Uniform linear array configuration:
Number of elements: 32
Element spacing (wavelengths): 1
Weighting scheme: uniform
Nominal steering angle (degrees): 30
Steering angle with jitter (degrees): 28.892
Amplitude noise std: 0.05
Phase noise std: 0.05

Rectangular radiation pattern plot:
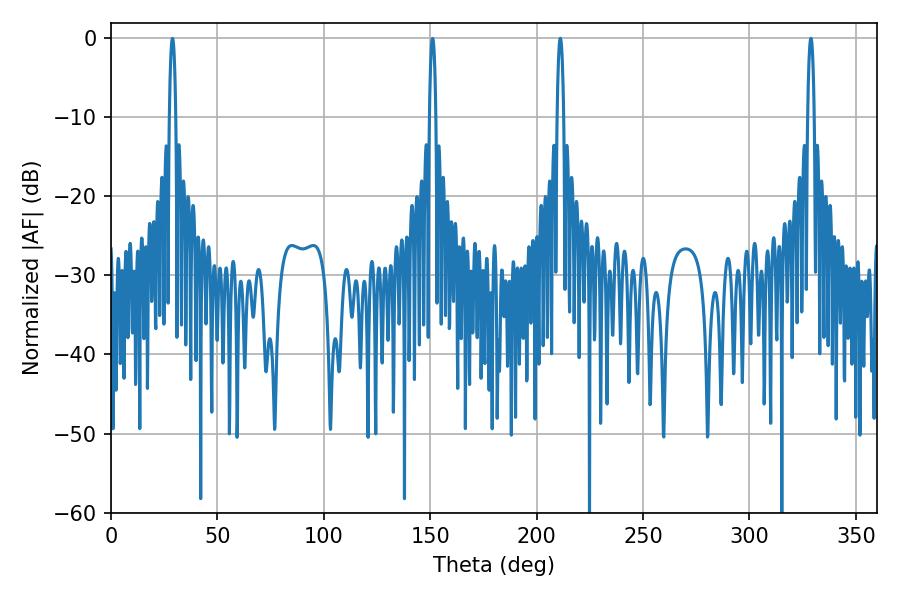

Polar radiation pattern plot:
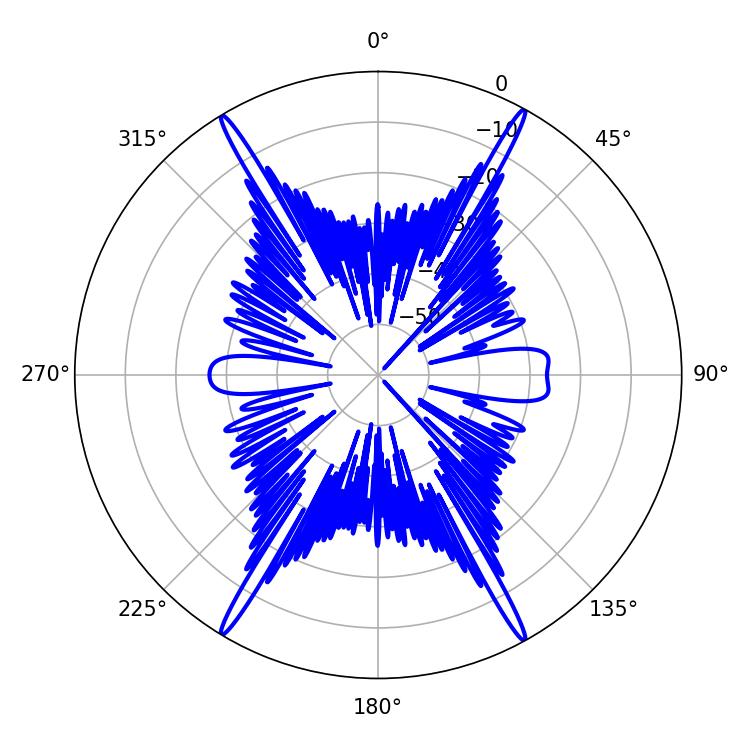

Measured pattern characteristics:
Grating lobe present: TRUE
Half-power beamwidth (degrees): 1.8
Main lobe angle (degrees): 328.86